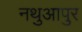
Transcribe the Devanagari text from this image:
नथुआपुर